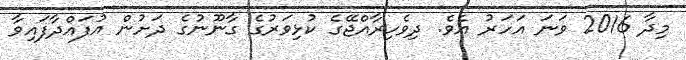
މިދާ 2016 ވަނަ އަހަރު އެވެ. ދިވެހިރާއްޖޭގެ ކުޅިވަރުގެ ގާނޫނުގެ ދަށުން އުފައްދާފައިވާ